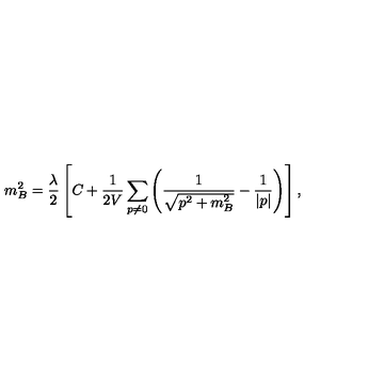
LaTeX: m _ { B } ^ { 2 } = { \frac { \lambda } { 2 } } \left[ C + { \frac { 1 } { 2 V } } \sum _ { p \neq 0 } \left( \frac { 1 } { \sqrt { { p } ^ { 2 } + m _ { B } ^ { 2 } } } - \frac { 1 } { | p | } \right) \right] ,